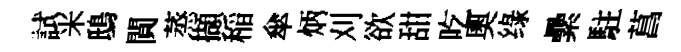
試米鴟閴蒸擷稲傘炳刈欲甜吃奧绿纍駐菖